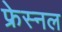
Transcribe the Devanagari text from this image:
फ्रेस्नल